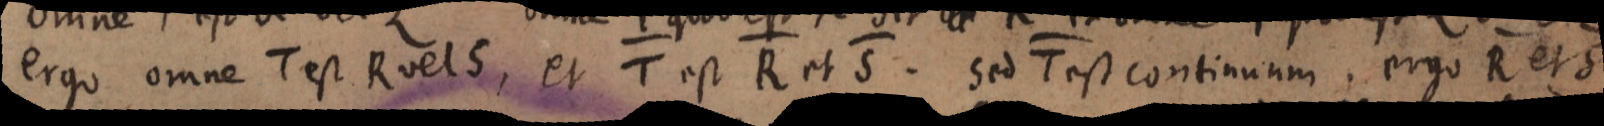
ergo omne T est R vel S, et T est R et S. sed T est continuum, ergo R et S